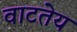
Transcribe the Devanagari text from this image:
वाटतेय